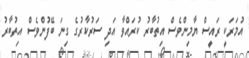
އުމަރަކީ ރައީސް ޔާމިންވެސް އިތުބާރު ކުރައްވާ އަދި ސަރުކާރުގެ ގިނަ ބޭފުންވެސް އިތުބާރު